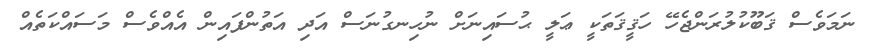
ނަމަވެސް ޤަބޫކުލުރަންޖެހޭ ހަޤީޤަތަކީ ޢަލީ ޙުސައިނަށް ނުހިނގުނަސް އަދި އަތުންފައިން އެއްވެސް މަސައްކަތެއް